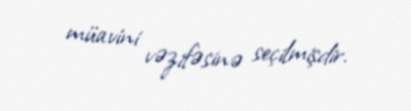
müavini vəzifəsinə seçilmişdir.